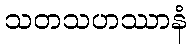
သတသဟဿာနံ